Civil Veterinary Department. United Provinces 1923-31 - 1923-1931
Year: 1923
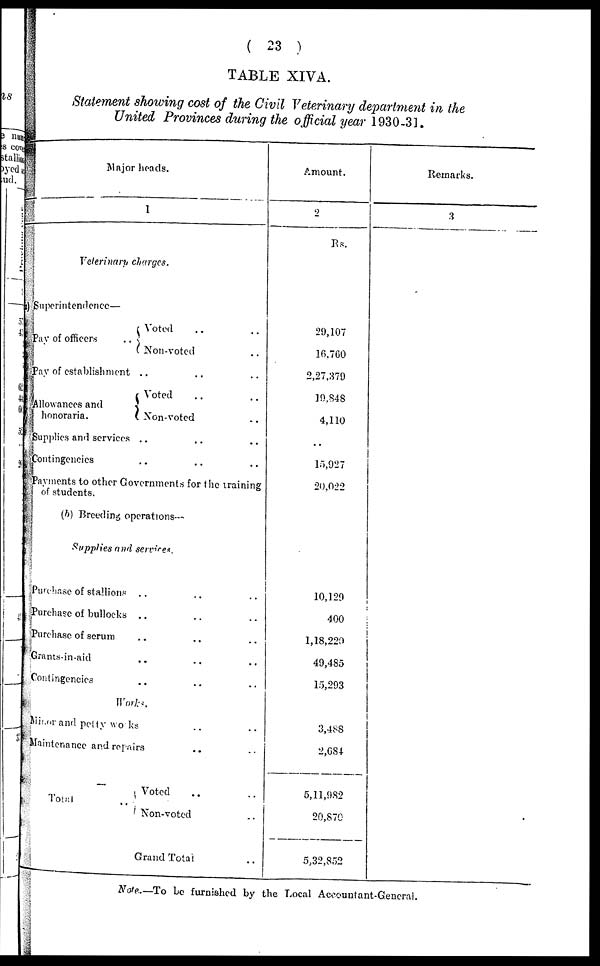
( 23 )
TABLE XIVA.
Statement showing cost of the Civil Veterinary department in the
United, Provinces during the official year 1930-31.
Major heads.
1
Veterinary charges.
Superintendence—
Pay of officers ..
Voted .. ..
Non-voted ..
Pay of establishment .. ..
Allowances and
honoraria.
Voted .. ..
Non-voted ..
Supplies and services .. ..
Contingencies .. ..
Payments to other Governments for the training
of students.
(b) Breeding operations--
Supplies and services.
Purchase of stallions .. .. ..
Purchase of bullocks .. .. ..
Purchase of serum .. .. ..
Grants-in-aid .. .. ..
Contingencies .. .. ..
Works.
Minor and petty works .. ..
Maintenance and repairs ..
Total ..
Voted .. ..
Non-voted ..
Grand Total ..
Amount.
2
Rs.
29,107
16,760
2,27,379
19,848
4,110
..
13,027
20,022
10,129
400
1,18,220
49,485
15,293
3,488
2,684
5,11,982
20,870
5,32,852
Remarks.
3
Note.—To be furnished by the Local Accountant-General.